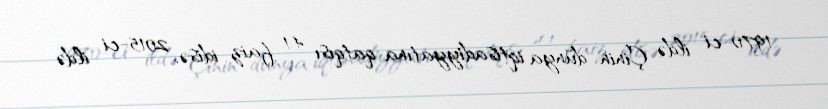
1970-ci ildə Çinin dünya iqtisadiyyatına qatqısı 4.1 faiz idisə, 2015-ci ildə